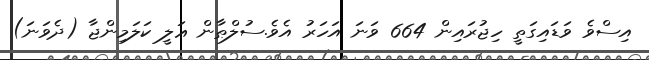
އިސްވެ ވަޑައިގަތީ ހިޖުރައިން 664 ވަނަ އަހަރު އެވެ.ސުލްޠާން ޢަލީ ކަލަމިންޖާ (ދެވަނަ)